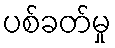
ပစ်ခတ်မှု